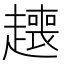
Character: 𬦟